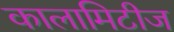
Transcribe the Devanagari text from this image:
कालामिटीज